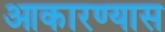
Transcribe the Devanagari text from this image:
आकारण्यास